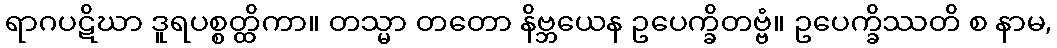
ရာဂပဋိဃာ ဒူရပစ္စတ္ထိကာ။ တသ္မာ တတော နိဗ္ဘယေန ဥပေက္ခိတဗ္ဗံ။ ဥပေက္ခိဿတိ စ နာမ,